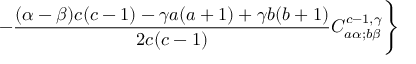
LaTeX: - \frac { ( \alpha - \beta ) c ( c - 1 ) - \gamma a ( a + 1 ) + \gamma b ( b + 1 ) } { 2 c ( c - 1 ) } C _ { a \alpha ; b \beta } ^ { c - 1 , \gamma } \Biggr \}